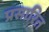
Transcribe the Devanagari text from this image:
प्रसारित